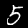
Digit: 5